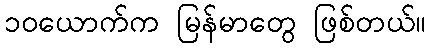
၁၀ယောက်က မြန်မာတွေ ဖြစ်တယ်။